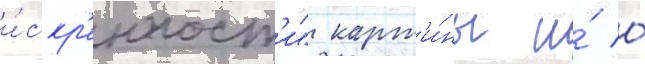
и́скр'енност'и" карт'и́ны и́ о́